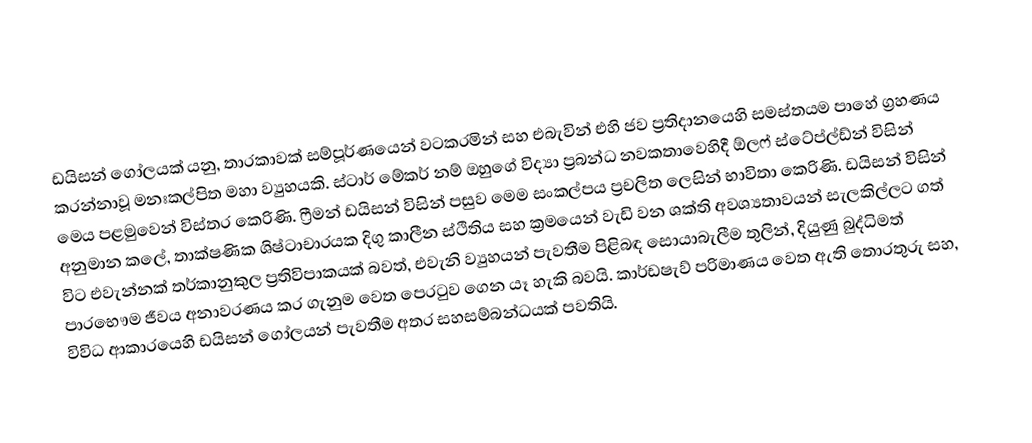
ඩයිසන් ගෝලයක් යනු,  තාරකාවක් සම්පූර්ණයෙන් වටකරමින් සහ එබැවින් එහි ජව ප්‍රතිදානයෙහි සමස්තයම පාහේ ග්‍රහණය කරන්නාවූ  මනඃකල්පිත මහා ව්‍යුහයකි.  ස්ටාර් මේකර් නම් ඔහුගේ විද්‍යා ප්‍රබන්ධ නවකතාවෙහිදී   ඕලෆ් ස්ටේප්ල්ඩ්න් විසින් මෙය පළමුවෙන් විස්තර කෙරිණි. ෆ්‍රීමන් ඩයිසන් විසින් පසුව මෙම සංකල්පය  ප්‍රචලිත ලෙසින් භාවිතා කෙරිණි. ඩයිසන් විසින් අනුමාන කලේ, තාක්ෂණික ශිෂ්ටාචාරයක දිගු කාලීන ස්ථිතිය සහ ක්‍රමයෙන් වැඩි වන ශක්ති අවශ්‍යතාවයන් සැලකිල්ලට ගත් විට එවැන්නක් තර්කානුකුල ප්‍රතිවිපාකයක් බවත්,  එවැනි ව්‍යුහයන් පැවතීම පිළිබඳ සොයාබැලීම තුලින්, දියුණු බුද්ධිමත් පාරභෞම ජීවය අනාවරණය කර ගැනුම වෙත පෙරටුව ගෙන යෑ හැකි බවයි. කාර්ඩෂැව් පරිමාණය වෙත ඇති තොරතුරු සහ, විවිධ ආකාරයෙහි ඩයිසන් ගෝලයන් පැවතීම අතර සහසම්බන්ධයක් පවතියි.